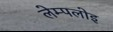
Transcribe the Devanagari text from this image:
लेम्पलोइ